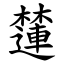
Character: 㰈